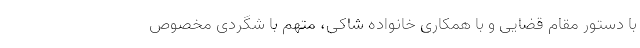
با دستور مقام قضایی و با همکاری خانواده شاکی، متهم با شگردی مخصوص